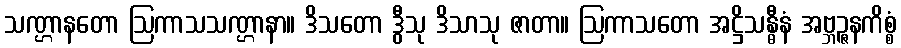
သဏ္ဌာနတော ဩကာသသဏ္ဌာနာ။ ဒိသတော ဒွီသု ဒိသာသု ဇာတာ။ ဩကာသတော အဋ္ဌိသန္ဓီနံ အဗ္ဘဉ္ဇနကိစ္စံ